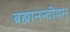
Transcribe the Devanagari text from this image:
ब्रह्मानन्दीयम्